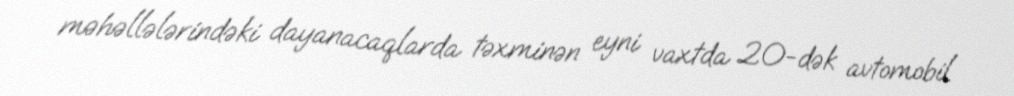
məhəllələrindəki dayanacaqlarda təxminən eyni vaxtda 20-dək avtomobil